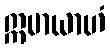
ဣမာယာဟံ